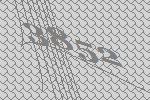
3852